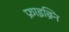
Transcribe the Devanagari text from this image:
फ्राइब्रिन